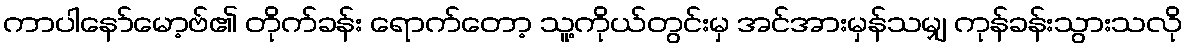
ကာပါနော်မော့ဗ်၏ တိုက်ခန်း ရောက်တော့ သူ့ကိုယ်တွင်းမှ အင်အားမှန်သမျှ ကုန်ခန်းသွားသလို